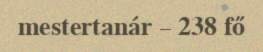
mestertanár – 238 fő